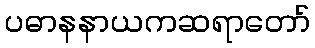
ပဓာနနာယကဆရာတော်